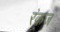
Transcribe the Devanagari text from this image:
रंकज